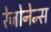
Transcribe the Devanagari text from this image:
रेजोनेन्स